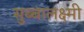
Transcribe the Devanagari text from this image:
सुब्बालक्ष्मी